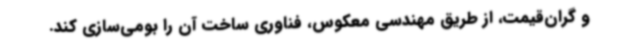
و گران‌قیمت، از طریق مهندسی معکوس، فناوری ساخت آن را بومی‌سازی کند.